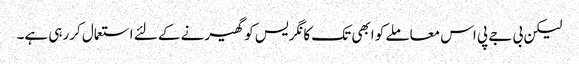
لیکن بی جے پی اس معاملے کو ابھی تک کانگریس کو گھیرنے کے لئے استعمال کررہی ہے۔